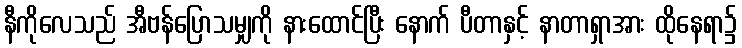
နီကိုလေသည် အီဗန်ပြောသမျှကို နားထောင်ပြီး နောက် ပီတာနှင့် နာတာရှာအား ထိုနေရာ၌